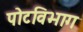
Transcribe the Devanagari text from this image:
पोटविभाग